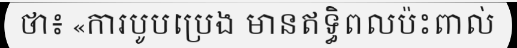
ថា៖ «ការបូបប្រេង មានឥទ្ធិពលប៉ះពាល់